Scottish Leaving Certificate Examination, 1955
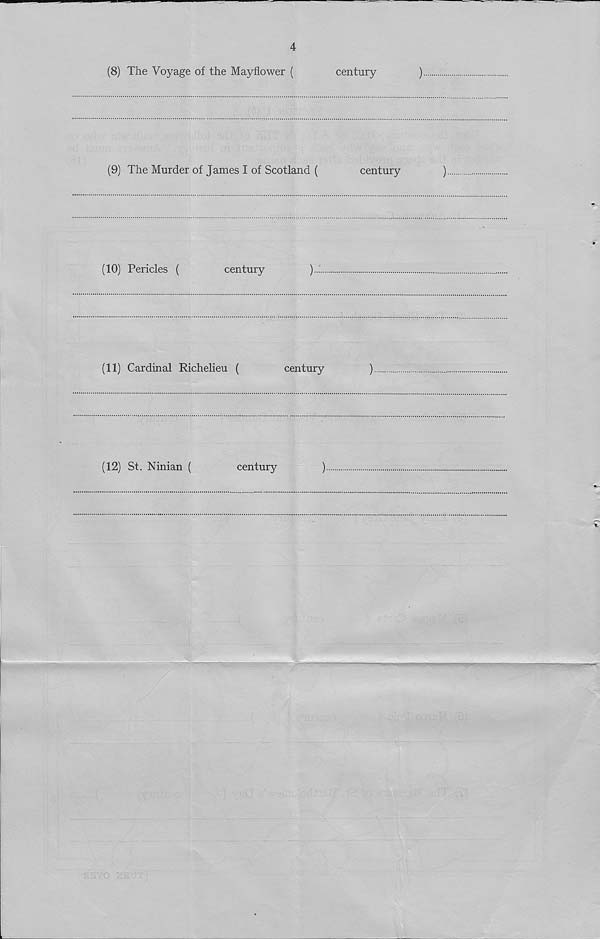
4
(8) The Voyage of the Mayflower (
century
)
(9) The Murder of James I of Scotland (
century
)
(10) Pericles (
century
)
(11) Cardinal Richelieu (
century
)
(12) St. Ninian (
century
)